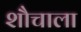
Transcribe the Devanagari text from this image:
शौचाला